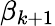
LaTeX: \beta_{k+1}